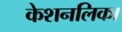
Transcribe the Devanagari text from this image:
केशनलिका